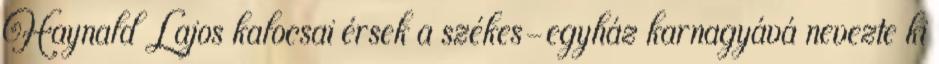
Haynald Lajos kalocsai érsek a székes-egyház karnagyává nevezte ki